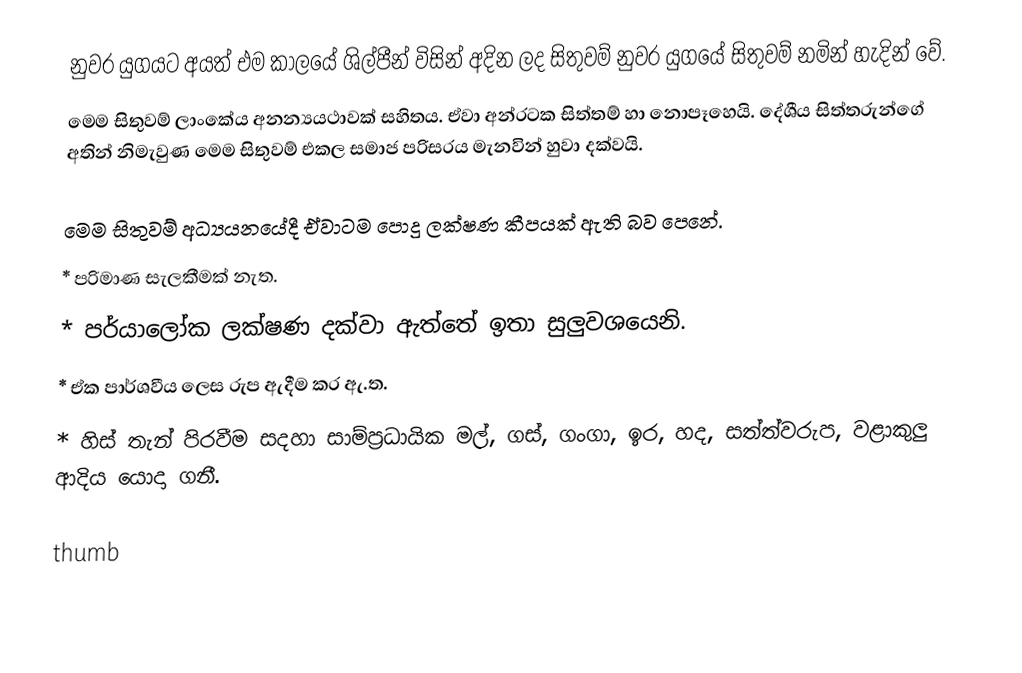
නුවර යුගයට අයත් එම කාලයේ ශිල්පීන්  විසින් අදින ලද සිතුවම් නුවර යුගයේ සිතුවම් නමින් හැදින් වේ.
මෙම සිතුවම් ලාංකේය අනන්‍යයථාවක් සහිතය. ඒවා අන්රටක සිත්තම් හා නොපෑහෙයි. දේශීය සිත්තරුන්ගේ අතින් නිමැවුණ මෙම සිතුවම් එකල සමාජ පරිසරය මැනවින් හුවා දක්වයි.

මෙම සිතුවම් අධ්‍යයනයේදී ඒවාටම පොදු ලක්ෂණ කීපයක් ඇති බව පෙනේ.
  * පරිමාණ සැලකීමක් නැත.
  * පර්යාලෝක ලක්ෂණ දක්වා ඇත්තේ ඉතා සුලුවශයෙනි.
  * ඒක පාර්ශවීය ලෙස රුප ඇදීම කර ඇ.ත.
  * හිස් තැන් පිරවීම සදහා සාම්ප්‍රධායික මල්, ගස්, ගංගා, ඉර, හද, සත්ත්වරුප, වළාකුලු ආදිය යොදා ගනී.

thumb